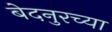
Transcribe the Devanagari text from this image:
बेदनुरच्या